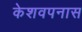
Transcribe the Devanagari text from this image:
केशवपनास